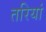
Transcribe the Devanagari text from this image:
तरियां